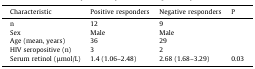
<table><thead><tr><td><b>Characteristic</b></td><td><b>Positive responders</b></td><td><b>Negative responders</b></td><td><b>P</b></td></tr></thead><tbody><tr><td>n</td><td>12</td><td>9</td><td></td></tr><tr><td>Sex</td><td>Male</td><td>Male</td><td></td></tr><tr><td>Age (mean, years)</td><td>36</td><td>29</td><td></td></tr><tr><td>HIV seropositive (n)</td><td>3</td><td>2</td><td></td></tr><tr><td>Serum retinol (μmol/L)</td><td>1.4 (1.06–2.48)</td><td>2.68 (1.68–3.29)</td><td>0.03</td></tr></tbody></table>